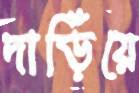
দাড়িঁয়ে